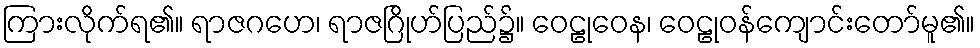
ကြားလိုက်ရ၏။ ရာဇဂဟေ၊ ရာဇဂြိုဟ်ပြည်၌။ ဝေဠုဝေန၊ ဝေဠုဝန်ကျောင်းတော်မူ၏။